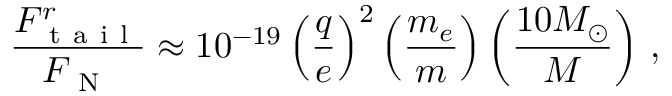
\frac { F _ { \mathrm { ~ t ~ a ~ i ~ l ~ } } ^ { r } } { F _ { \mathrm { ~ N ~ } } } \approx 1 0 ^ { - 1 9 } \left( \frac { q } { e } \right) ^ { 2 } \left( \frac { m _ { e } } { m } \right) \left( \frac { 1 0 M _ { \odot } } { M } \right) \, ,